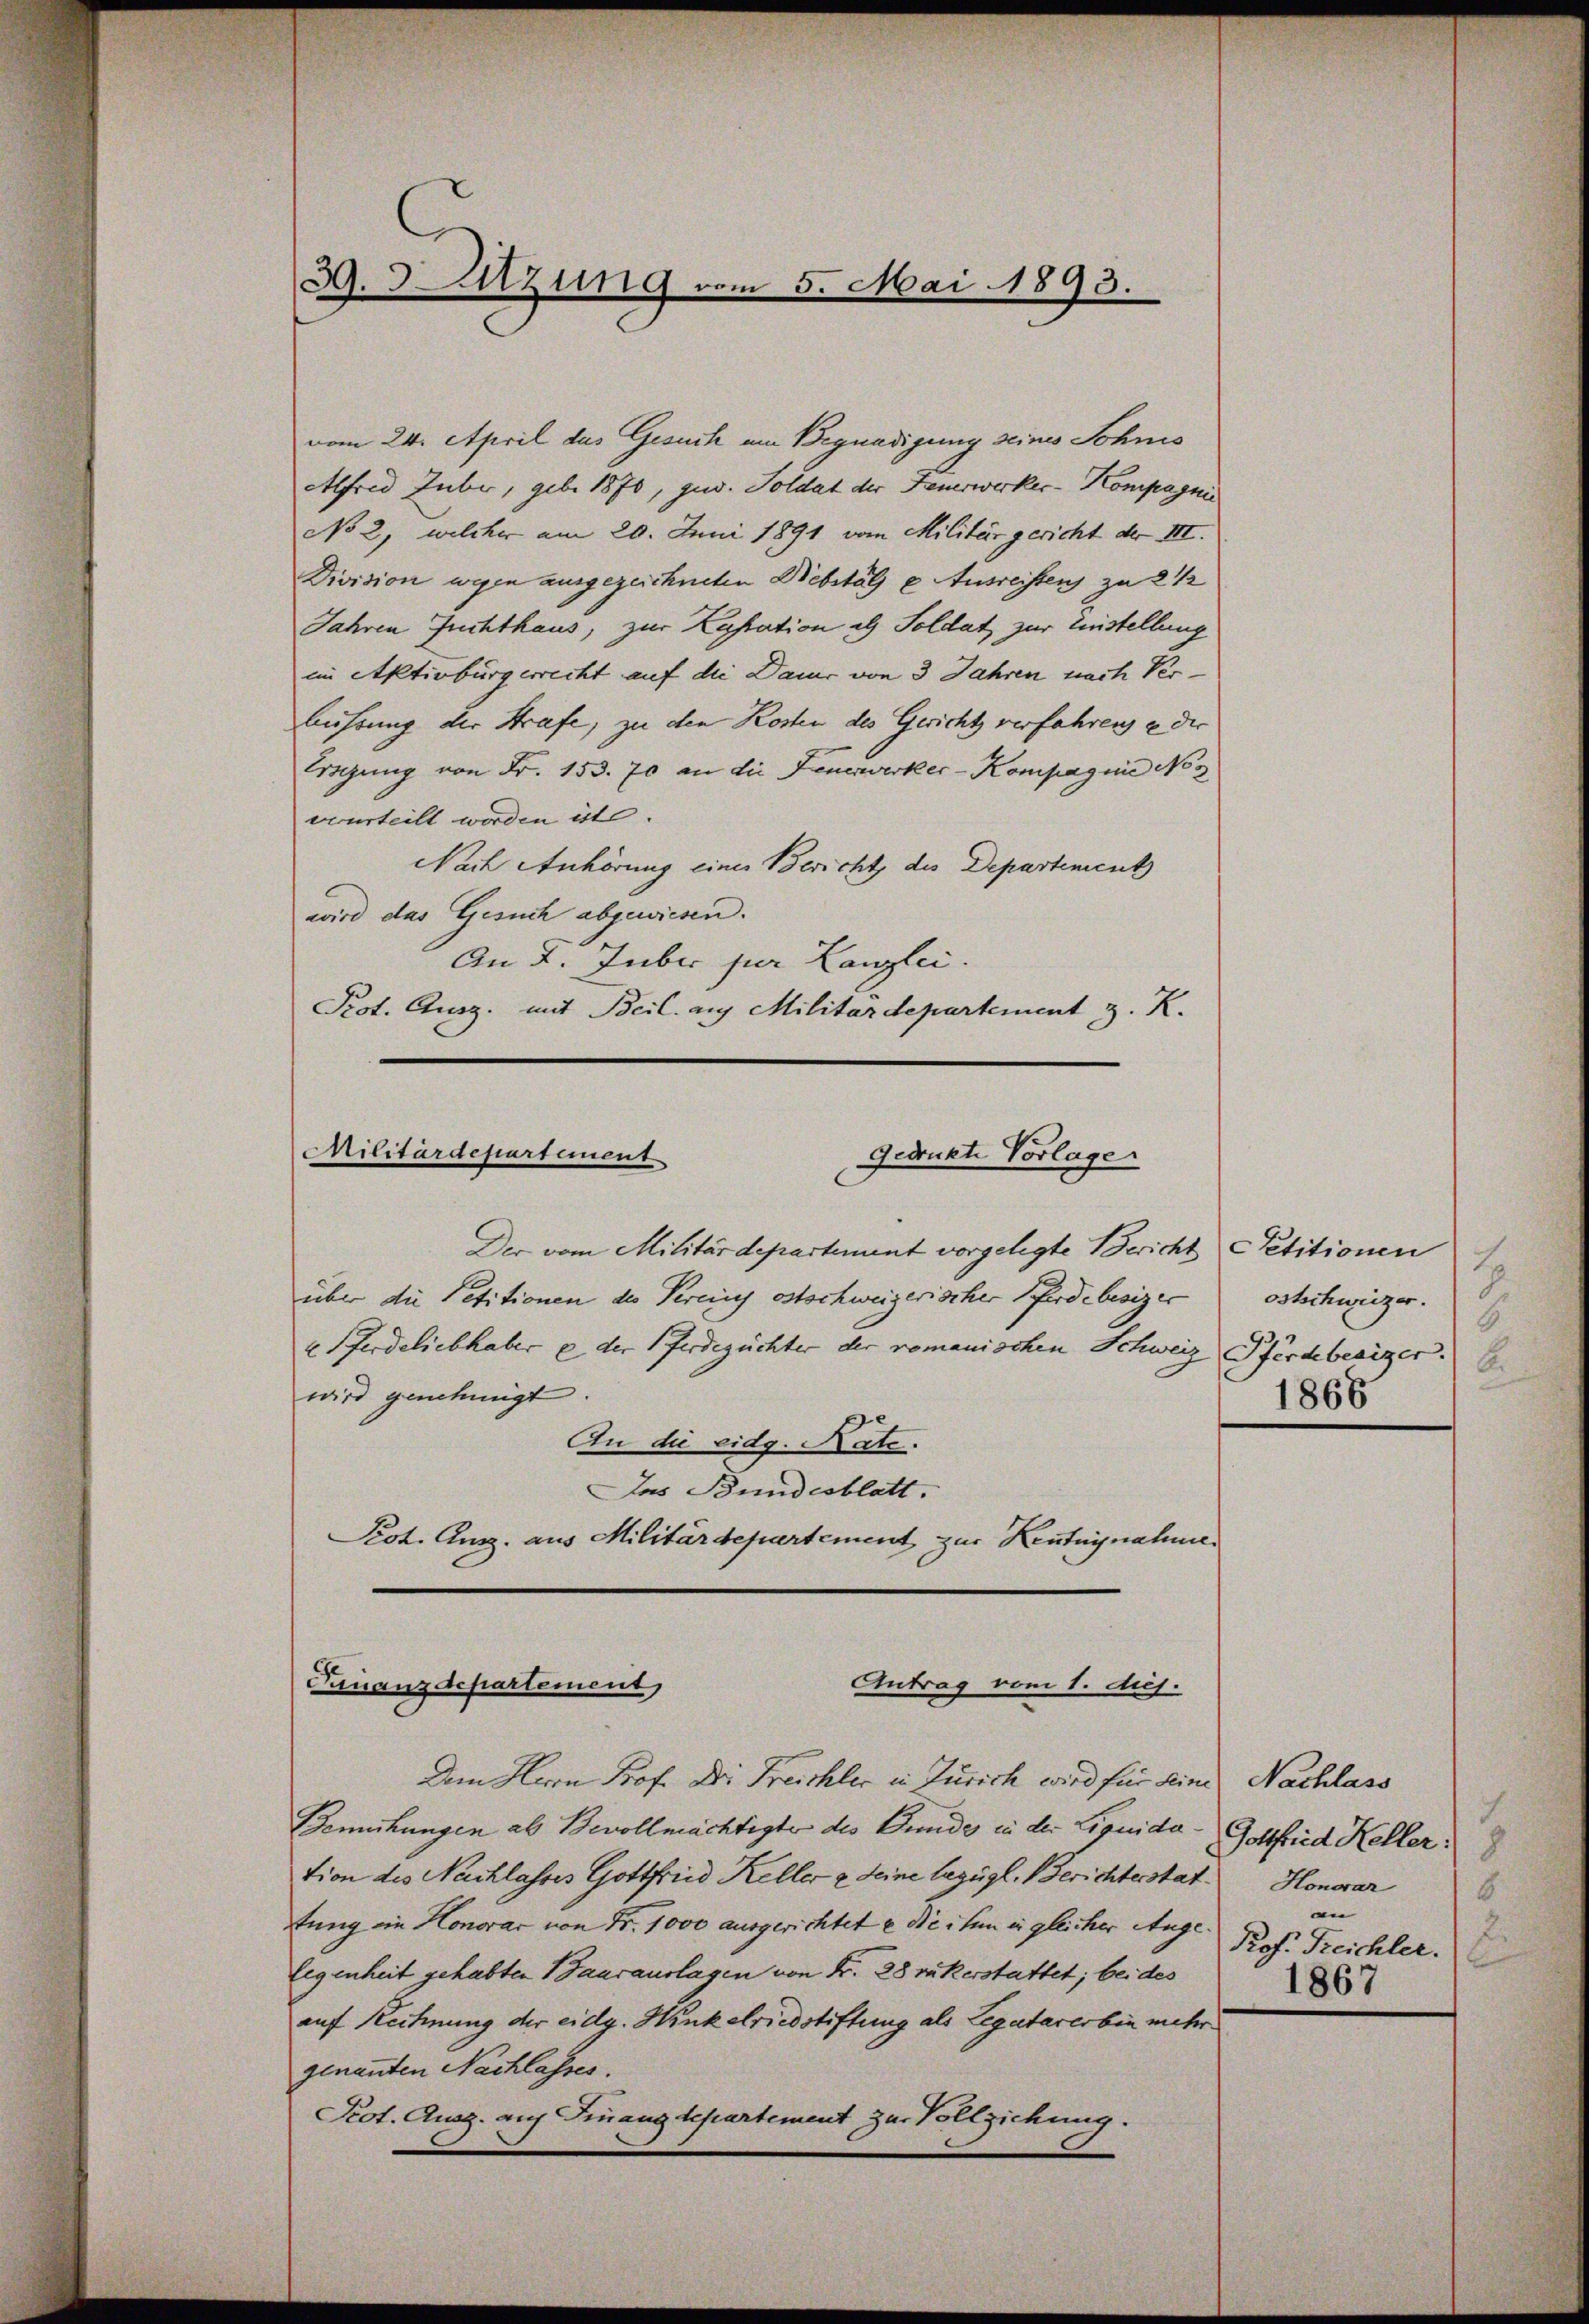
vom 24. April das Gesuch am Begnadigung seines Schnis
Alfred Huber, geb. 1870, jur. Soldat der Feuerwerker-Kompagni
No 2, welcher am 20. Juni 1891 vom Militärgericht der III.
Division wegen ausgezeichneten Diebstäle Ausreistens zu 2 1/2
Jahren Zuchthaus, zur Kassation als Soldat zur Einstellung
im Aktivbürgerrecht auf die Dauer von 3 Jahren nach Ver¬
Bührung der Strafe, zu den Kosten des Gerichts verfahren, e der
Eigung von Fr. 153. 70 an die Feuerwerker- Kompagnie No 3
verurteilt werden ist.
Nach Anhörung eines Bericht des Departements
wird das Gesuch abgewiesen.
An 2. Jubir per Kanzlei.
Prot. Ausg. mit Beil. auf Militärdepartement z. K.

39. 3 zung vom 5. Mai 1893.

Militärdepartement
gedrukte Vorlage

Der vom Militärdepartement vorgelegte Bericht Petitionen
über die Petitionen des Vereins ostschweizerischer Pferdebesizer
2 Pferdeliebhaber u der Ferdezüchter der romanischen Schweiz Pferdebesizer.
wird genehmigt.
An die eidg. Rate.
Das Bundesblatt.
Prot. Aug. aus Militärdepartement zur Keutngnahme

Antrag vom 1. Aus
Finanzdepartement

Dem Herrn Prof. Die Freichler in Zürich wird für Kind Nachlass
Bemühungen ab Bevollmächtigte des Bundes in der Liquidation des Nachlasses Gottfried Keller & seine bezügl. Berichterstattung ein Honorar von Nr. 1000 ausgerichtete die ihm in gleicher Angelegenheit gehabten Baurauslagen von Fr. 28 rükerstattet; bei des
auf Reitung der eidg. Hinkelriedstiftung als Legatarerbin mehr
genannten Nachlasses.
Prot. Ausg. auf Finanzdepartement zur Vollziehung.

8
ostschweizer.
6
A.
1868

.
Gottfrid Keller:
8
Honorar
8
an
Prof. Reichler.
1867